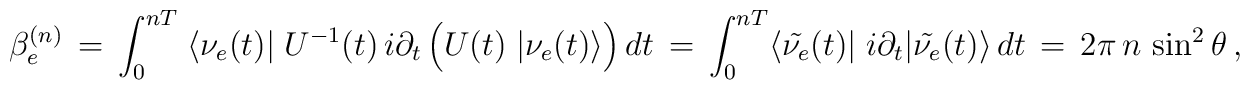
\beta^{(n)}_{e}\,= \, \int_{0}^{nT}\;\langle \nu_{e}(t)|\; U^{-1}(t)\,i \partial_t \,\Big( U(t)\;|\nu_{e}(t)\rangle\Big)\,dt \,= \, \int_{0}^{nT} \langle \tilde{\nu_{e}}(t)|\;i \partial_t|\tilde{\nu_{e}}(t)\rangle \,dt \, =\, 2 \pi \,n\,\sin^{2}\theta \, ,